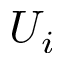
U _ { i }